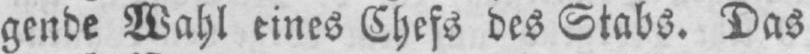
gende Wahl eines Chefs des Stabs. Das